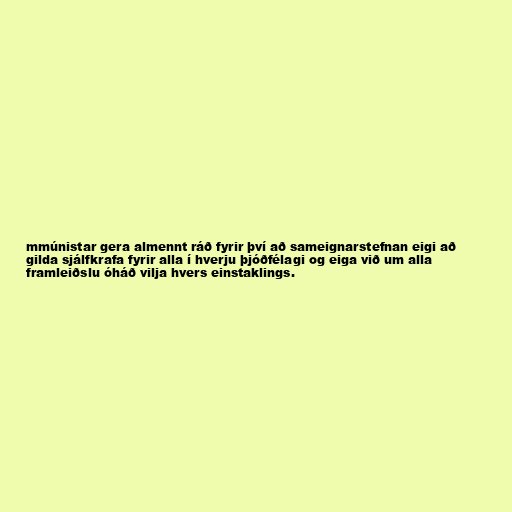
mmúnistar gera almennt ráð fyrir því að sameignarstefnan eigi að
gilda sjálfkrafa fyrir alla í hverju þjóðfélagi og eiga við um alla
framleiðslu óháð vilja hvers einstaklings.